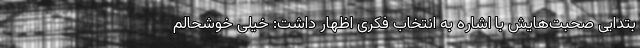
بتدایی صحبت‌هایش با اشاره به انتخاب فکری اظهار داشت: خیلی خوشحالم